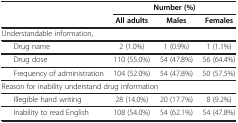
<table><thead><tr><td><b> </b></td><td colspan="3"><b>Number (%)</b></td></tr><tr><td><b> </b></td><td><b>All adults</b></td><td><b>Males</b></td><td><b>Females</b></td></tr></thead><tbody><tr><td colspan="4">Understandable information,</td></tr><tr><td>Drug name</td><td>2 (1.0%)</td><td>1 (0.9%)</td><td>1 (1.1%)</td></tr><tr><td>Drug dose</td><td>110 (55.0%)</td><td>54 (47.8%)</td><td>56 (64.4%)</td></tr><tr><td>Frequency of administration</td><td>104 (52.0%)</td><td>54 (47.8%)</td><td>50 (57.5%)</td></tr><tr><td colspan="4">Reason for inability understand drug information</td></tr><tr><td>Illegible hand writing</td><td>28 (14.0%)</td><td>20 (17.7%)</td><td>8 (9.2%)</td></tr><tr><td>Inability to read English</td><td>108 (54.0%)</td><td>54 (62.1%)</td><td>54 (47.8%)</td></tr></tbody></table>